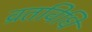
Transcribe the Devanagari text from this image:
व्रतविधि